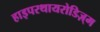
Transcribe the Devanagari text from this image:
हाइपरथायरोडिज़्म